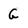
Character: G